Vaccination in the Punjab 1897-1904 - 1897-1904
Year: 1897
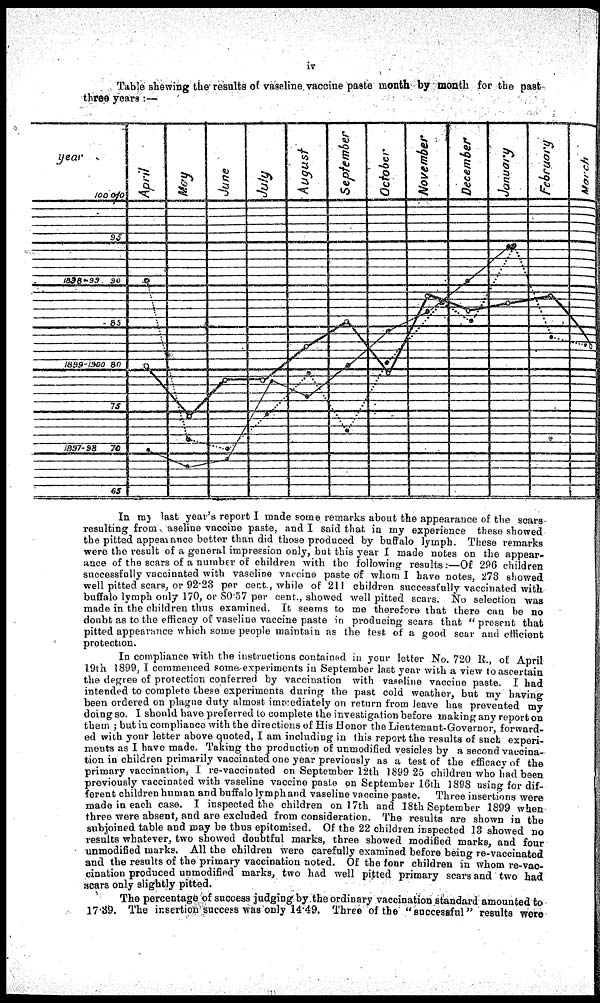
iv
Table shewing the results of vaseline vaccine paste month by month for the past
three years :—
In my last year's report I made some remarks about the appearance of the scars-
resulting from, aseline vaccine paste, and I said that in my experience these showed
the pitted appearance better than did those produced by buffalo lymph. These remarks
were the result of a general impression only, but this year I made notes on the appear-
ance of the scars of a number of children with the following results:—Of 296 children
successfully vaccinated with vaseline vaccine paste of whom I have notes, 273 showed
well pitted scars, or 92.23 per cent. while of 211 children successfully vaccinated with
buffalo lymph only 170, or 80.57 per cent., showed well pitted scars. No selection was
made in the children thus examined. It seems to me therefore that there can be no
doubt as to the efficacy of vaseline vaccine paste in producing scars that "present that
pitted appearance which some people maintain as the test of a good scar and efficient
protection.
In compliance with the instructions contained in your letter No. 720 R., of April
19th 1899, I commenced some,experiments in September last year with a view to ascertain
the degree of protection conferred by vaccination with vaseline vaccine paste. I had
intended to complete these experiments during the past cold weather, but my having
been ordered on plague duty almost immediately on return from leave has prevented my
doing so. I should have preferred to complete the investigation before making any report on
them ; but in compliance with the directions of His Honor the Lieutenant-Governor, forward-
ed with your letter above quoted, I am including in this report the results of such experi-
ments as I have made. Taking the production of unmodified vesicles by a second vaccina-
tion in children primarily vaccinated one year previously as a test of the efficacy of the
primary vaccination, I re-vaccinated on September 12th 1899 25 children who had been
previously vaccinated with vaseline vaccine paste on September 16th 1898 using for dif-
ferent children human and buffalo lymph and vaseline vaccine paste. Three insertions were
made in each case. I inspected the children on 17th and 18th September 1899 when
three were absent, and are excluded from consideration. The results are shown in the
subjoined table and may be thus epitomised. Of the 22 children inspected 13 showed no
results whatever, two showed doubtful marks, three showed modified marks, and four
unmodified marks. All the children were carefully examined before being re-vaccinated
and the results of the primary vaccination noted. Of the four children in whom re-vac-
cination produced unmodified marks, two had well pitted primary scars and two had
scars only slightly pitted.
The percentage of success judging by the ordinary vaccination standard amounted to
17.39. The insertion success was only 14.49. Three of the "Succssful" results were